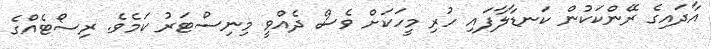
އާދައިގެ ރޭންކަކުން ކަނޑާލާފައި ހުރި މީހަކަށް ވެސް ދެއްވީ މިނިސްޓަރު ކަމެވެެ. ރިސޯޓެއްގެ